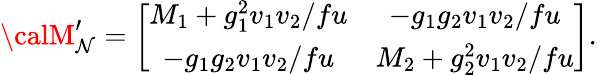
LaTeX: {\calM_{\mathcal{N}}^{\prime}}=\left[\begin{array}{cc}{{M_{1}+g_{1}^{2}v_{1}v_{2}/fu}}&{{-g_{1}g_{2}v_{1}v_{2}/fu}}\\ {{-g_{1}g_{2}v_{1}v_{2}/fu}}&{{M_{2}+g_{2}^{2}v_{1}v_{2}/fu}}\end{array}\right].